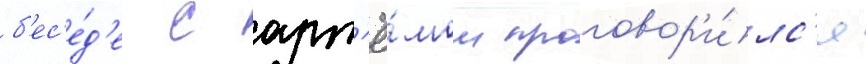
б'ес'е́д'е с арт'ё́мом проговор'и́лс'я